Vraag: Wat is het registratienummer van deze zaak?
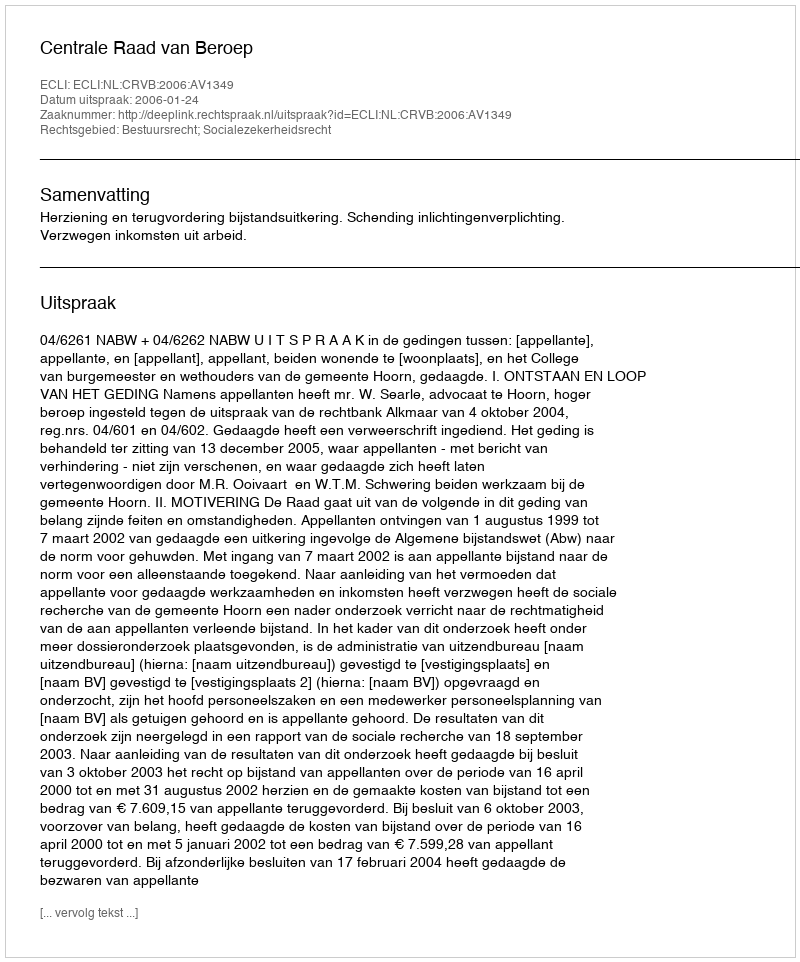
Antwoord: http://deeplink.rechtspraak.nl/uitspraak?id=ECLI:NL:CRVB:2006:AV1349